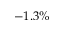
- 1 . 3 \%